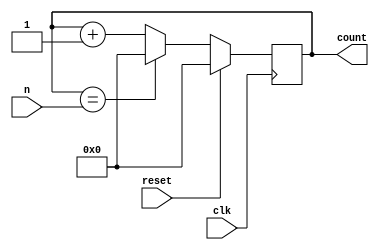
module counter(clk,reset,n,count);
 input clk,reset;
 input [3:0]n;
 output reg [3:0]count;

 always @(negedge clk)
 begin
    if(reset==1'b1)
        count<=4'b0000;
    else if(count==n)
        count<=4'b0000;
    else
        count<=count+1;
 end

endmodule